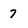
Character: 7